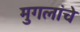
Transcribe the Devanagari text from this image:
मुगलांचे